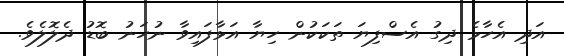
އަދި އެހާމެ ދިގު އެސްފިޔަ ތަކަކުން ހިޔާ އަޅާފައިވާ ނުހަނު ބޮޑު ދެލޮލެވެ.